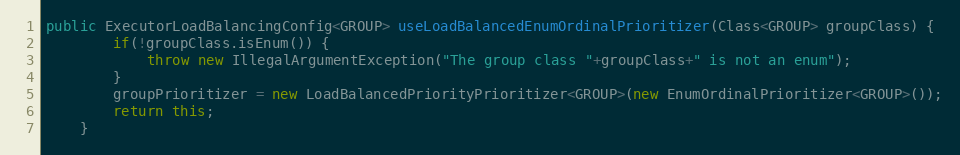
Language: Java
public ExecutorLoadBalancingConfig<GROUP> useLoadBalancedEnumOrdinalPrioritizer(Class<GROUP> groupClass) {
        if(!groupClass.isEnum()) {
            throw new IllegalArgumentException("The group class "+groupClass+" is not an enum");
        }
        groupPrioritizer = new LoadBalancedPriorityPrioritizer<GROUP>(new EnumOrdinalPrioritizer<GROUP>());
        return this;
    }